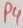
Text: P4